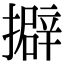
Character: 擗